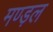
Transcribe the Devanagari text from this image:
मण्ड़ल